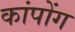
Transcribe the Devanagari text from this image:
कांपोंग